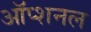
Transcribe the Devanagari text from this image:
ऑप्शनल